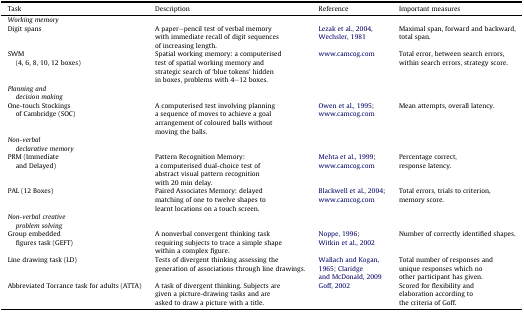
<table><thead><tr><td><b>Task</b></td><td><b>Description</b></td><td><b>Reference</b></td><td><b>Important measures</b></td></tr></thead><tbody><tr><td colspan="4"><i>Working memory</i></td></tr><tr><td>Digit spans</td><td>A paper–pencil test of verbal memory with immediate recall of digit sequences of increasing length.</td><td>Lezak et al., 2004, Wechsler, 1981</td><td>Maximal span, forward and backward, total span.</td></tr><tr><td>SWM (4, 6, 8, 10, 12 boxes)</td><td>Spatial working memory: a computerised test of spatial working memory and strategic search of ‘blue tokens’ hidden in boxes, problems with 4–12 boxes.</td><td>www.camcog.com</td><td>Total error, between search errors, within search errors, strategy score.</td></tr><tr><td colspan="4"><i>Planning and decision making</i></td></tr><tr><td>One-touch Stockings of Cambridge (SOC)</td><td>A computerised test involving planning a sequence of moves to achieve a goal arrangement of coloured balls without moving the balls.</td><td>Owen et al., 1995; www.camcog.com</td><td>Mean attempts, overall latency.</td></tr><tr><td colspan="4"><i>Non-verbal declarative memory</i></td></tr><tr><td>PRM (Immediate and Delayed)</td><td>Pattern Recognition Memory: a computerised dual-choice test of abstract visual pattern recognition with 20 min delay.</td><td>Mehta et al., 1999; www.camcog.com</td><td>Percentage correct, response latency.</td></tr><tr><td>PAL (12 Boxes)</td><td>Paired Associates Memory: delayed matching of one to twelve shapes to learnt locations on a touch screen.</td><td>Blackwell et al., 2004; www.camcog.com</td><td>Total errors, trials to criterion, memory score.</td></tr><tr><td colspan="4"><i>Non-verbal creative problem solving</i></td></tr><tr><td>Group embedded figures task (GEFT)</td><td>A nonverbal convergent thinking task requiring subjects to trace a simple shape within a complex figure.</td><td>Noppe, 1996; Witkin et al., 2002</td><td>Number of correctly identified shapes.</td></tr><tr><td>Line drawing task (LD)</td><td>Tests of divergent thinking assessing the generation of associations through line drawings.</td><td>Wallach and Kogan, 1965; Claridge and McDonald, 2009</td><td>Total number of responses and unique responses which no other participant has given.</td></tr><tr><td>Abbreviated Torrance task for adults (ATTA)</td><td>A task of divergent thinking. Subjects are given a picture-drawing tasks and are asked to draw a picture with a title.</td><td>Goff, 2002</td><td>Scored for flexibility and elaboration according to the criteria of Goff.</td></tr></tbody></table>